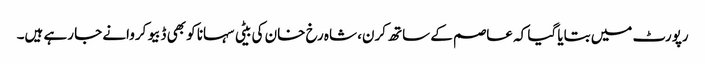
رپورٹ میں بتایا گیا کہ عاصم کے ساتھ کرن، شاہ رخ خان کی بیٹی سہانا کو بھی ڈبیو کروانے جا رہے ہیں۔